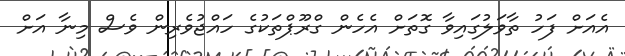
އެއަށް ފަހު ތާވަލުގައިވާ ގޮތަށް އެހެން ގްރޫޕްތަކުގެ ހައްޖުވެރިން ވެސް މިނާ އަށް